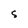
Character: S